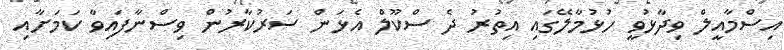
އިސްމާއީލް ވިދާޅުވީ ހުޅުމާލޭގައި އިތުރު ދެ ސްކޫލް އެޅަން ސަރުކާރުން ވިސްނާފައިވާ ކަމަށާއި